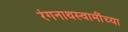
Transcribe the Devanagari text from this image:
रंगनाथस्वामींच्या